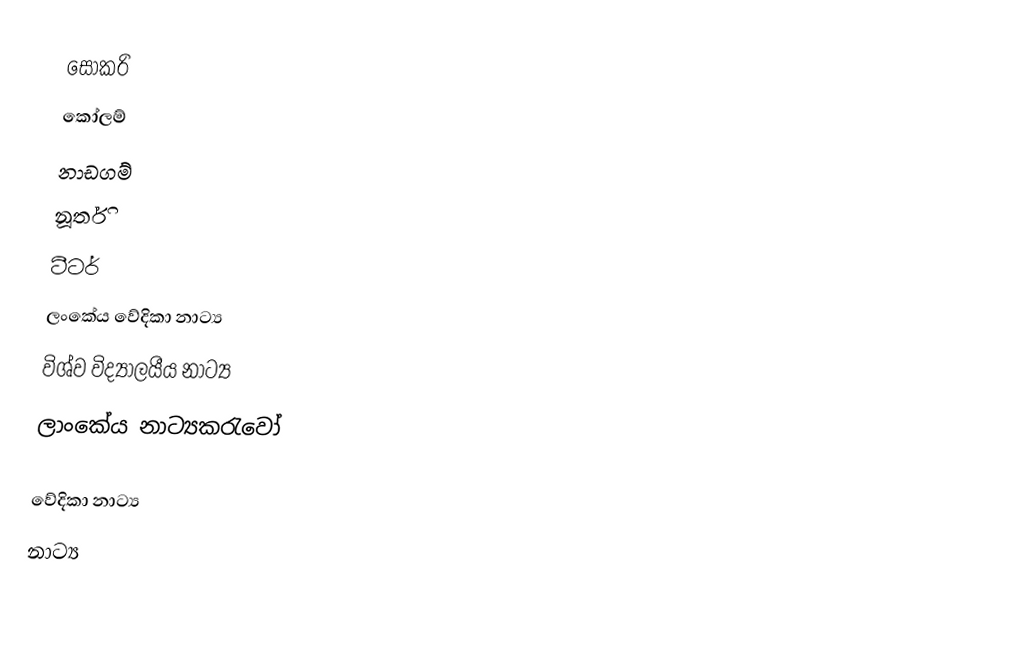
සොකරි
 කෝලම්
 නාඩගම්
 නූර්ති
 ටීටර්
 ලංකේය වේදිකා නාට්‍ය
 විශ්ව විද්‍යාලයීය නාට්‍ය
 ලාංකේය නාට්‍යකරැවෝ

වේදිකා නාට්‍ය
නාට්‍ය